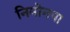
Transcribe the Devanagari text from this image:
निमोनया